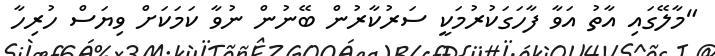
"މާލޭގައި އާތު އަވާ ފާހަގަކުރުމަކީ ސަރުކާރުން ބޭނުން ނުވާ ކަމަކަށް ވިޔަސް ހުރިހާ